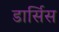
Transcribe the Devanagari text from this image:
डार्सिस